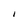
Character: I